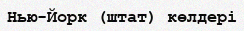
Нью-Йорк (штат) көлдері